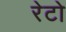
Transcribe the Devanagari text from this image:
रेटो